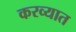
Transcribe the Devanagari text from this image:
करव्यात